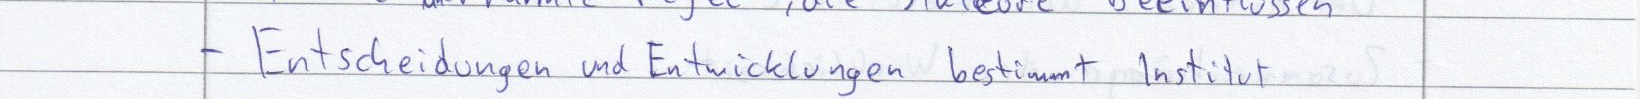
- Entscheidungen und Entwicklungen bestimmt Institut